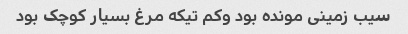
سیب زمینی مونده بود وکم تیکه مرغ بسیار کوچک بود